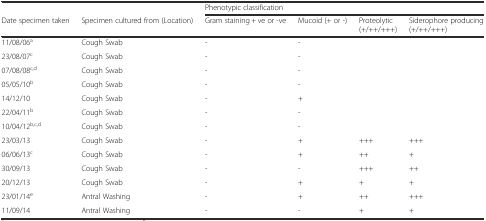
<table><thead><tr><td></td><td></td><td colspan="4"><b>Phenotypic classification</b></td></tr><tr><td><b>Date specimen taken</b></td><td><b>Specimen cultured from (Location)</b></td><td><b>Gram staining + ve or -ve</b></td><td><b>Mucoid (+ or -)</b></td><td><b>Proteolytic (+/++/+++)</b></td><td><b>Siderophore producing (+/++/+++)</b></td></tr></thead><tbody><tr><td>11/08/06<sup>a</sup></td><td>Cough Swab</td><td>-</td><td>-</td><td></td><td></td></tr><tr><td>23/08/07<sup>c</sup></td><td>Cough Swab</td><td>-</td><td>-</td><td></td><td></td></tr><tr><td>07/08/08<sup>c,d</sup></td><td>Cough Swab</td><td>-</td><td>-</td><td></td><td></td></tr><tr><td>05/05/10<sup>b</sup></td><td>Cough Swab</td><td>-</td><td>-</td><td></td><td></td></tr><tr><td>14/12/10</td><td>Cough Swab</td><td>-</td><td>+</td><td></td><td></td></tr><tr><td>22/04/11<sup>b</sup></td><td>Cough Swab</td><td>-</td><td>-</td><td></td><td></td></tr><tr><td>10/04/12<sup>b,c,d</sup></td><td>Cough Swab</td><td>-</td><td>-</td><td></td><td></td></tr><tr><td>23/03/13</td><td>Cough Swab</td><td>-</td><td>+</td><td>+++</td><td>+++</td></tr><tr><td>06/06/13<sup>c</sup></td><td>Cough Swab</td><td>-</td><td>+</td><td>++</td><td>+</td></tr><tr><td>30/09/13</td><td>Cough Swab</td><td>-</td><td>-</td><td>+++</td><td>++</td></tr><tr><td>20/12/13</td><td>Cough Swab</td><td>-</td><td>+</td><td>+</td><td>+</td></tr><tr><td>23/01/14<sup>e</sup></td><td>Antral Washing</td><td>-</td><td>+</td><td>++</td><td>+++</td></tr><tr><td>11/09/14</td><td>Antral Washing</td><td>-</td><td>-</td><td>+</td><td>+</td></tr></tbody></table>